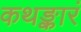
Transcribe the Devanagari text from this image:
कथङ्कारं